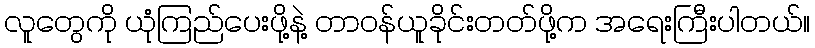
လူတွေကို ယုံကြည်ပေးဖို့နဲ့ တာဝန်ယူခိုင်းတတ်ဖို့က အရေးကြီးပါတယ်။